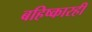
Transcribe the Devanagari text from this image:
बहिष्कारही